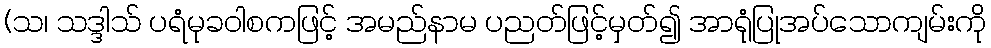
(သ၊ သဒ္ဒါသ် ပရံမုခဝါစကဖြင့် အမည်နာမ ပညတ်ဖြင့်မှတ်၍ အာရုံပြုအပ်သောကျမ်းကို